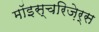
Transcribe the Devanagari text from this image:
मॉइस्चरिज़ेर्स